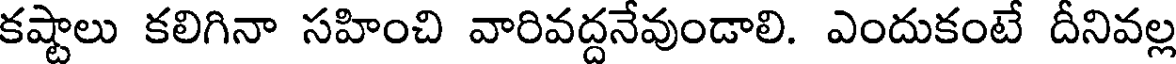
కష్టాలు కలిగినా సహించి వారివద్దనేవుండాలి. ఎందుకంటే దీనివల్ల